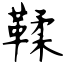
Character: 鞣